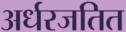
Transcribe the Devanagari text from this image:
अर्धरजतित